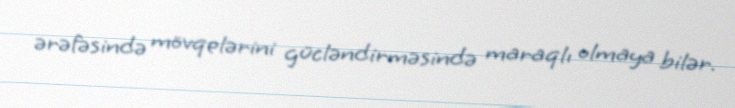
ərəfəsində mövqelərini gücləndirməsində maraqlı olmaya bilər.